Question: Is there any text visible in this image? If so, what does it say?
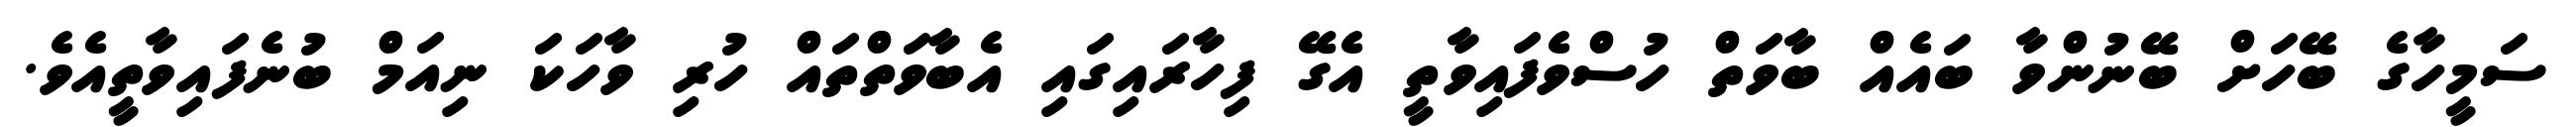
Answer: ސަމީހާގެ ބޭހަށް ބޭނުންވާ ބައެއް ބާވަތް ހުސްވެފައިވާތީ އެގޭ ފިހާރައިގައި އެބާވަތްތައް ހުރި ވާހަކަ ނިއަމް ބުނެފައިވާތީއެވެ.